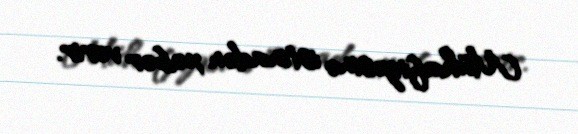
Mühafizəsinə istinadən xəbər verir.